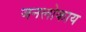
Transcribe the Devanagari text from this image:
जनलोकाय